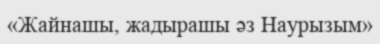
«Жайнашы, жадырашы әз Наурызым»